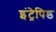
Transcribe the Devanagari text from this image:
इंट्रेपिड